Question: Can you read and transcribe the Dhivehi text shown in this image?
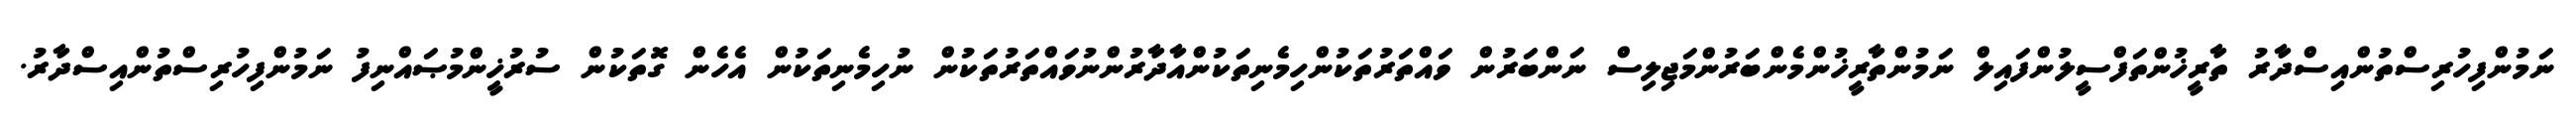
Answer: ނަމުންފިހުރިސްތުންއިސްދާރު ތާރީޚުންތަފްސީލުންފައިލް ނަމުންތާރީޚުންމެންބަރުންމަޖިލިސް ނަންބަރުން ވައްތަރުތަކުންހިމެނިތަކުންއާދާރުންނުވައްތަރުތަކުން ނުހިމެނިތަކުން އެހެން ގޮތަކުން ސުރުޚީންމުޞައްނިފު ނަމުންފިހުރިސްތުންއިސްދާރު.